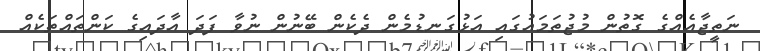
ނަތީޖާއެއްގެ ގޮތުން މުޖުތަމައުގައި އަޅުގަނޑުމެން ދެކެން ބޭނުން ނުވާ ފަދަ އާދައިގެ ކަންތައްތަކެއް